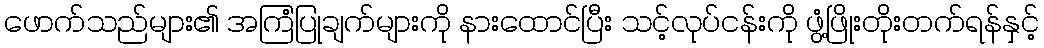
ဖောက်သည်များ၏ အကြံပြုချက်များကို နားထောင်ပြီး သင့်လုပ်ငန်းကို ဖွံ့ဖြိုးတိုးတက်ရန်နှင့်